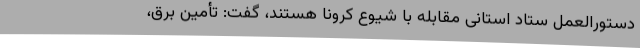
دستورالعمل ستاد استانی مقابله با شیوع کرونا هستند، گفت:‌ تأمین برق،‌